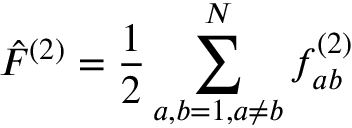
\hat { F } ^ { ( 2 ) } = \frac { 1 } { 2 } \sum _ { a , b = 1 , a \ne b } ^ { N } f _ { a b } ^ { ( 2 ) }